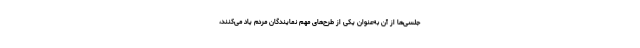
جلسی‌ها از آن به‌عنوان یکی از طرح‌های مهم نمایندگان مردم یاد می‌کنند،